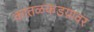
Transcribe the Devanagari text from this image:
कातळकडय़ावर